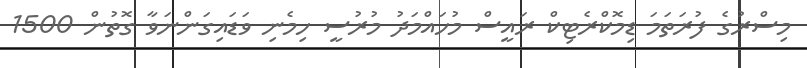
މިސްރުގެ ފުރަތަމަ ޑިމޮކްރެޓިކް ރައީސް މުހައްމަދު މުރުސީ ހިމެނި ވަޑައިގަންނަވާ ގޮތުން 1500